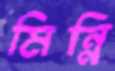
মিন্নি